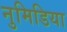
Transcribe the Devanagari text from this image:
नुमिडिया